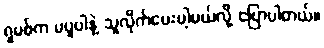
ရှမစ်က မပူပါနဲ့ သူလိုက်ပေးပါ့မယ်လို့ ပြောပါတယ်။